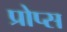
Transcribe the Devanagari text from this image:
प्रोप्स